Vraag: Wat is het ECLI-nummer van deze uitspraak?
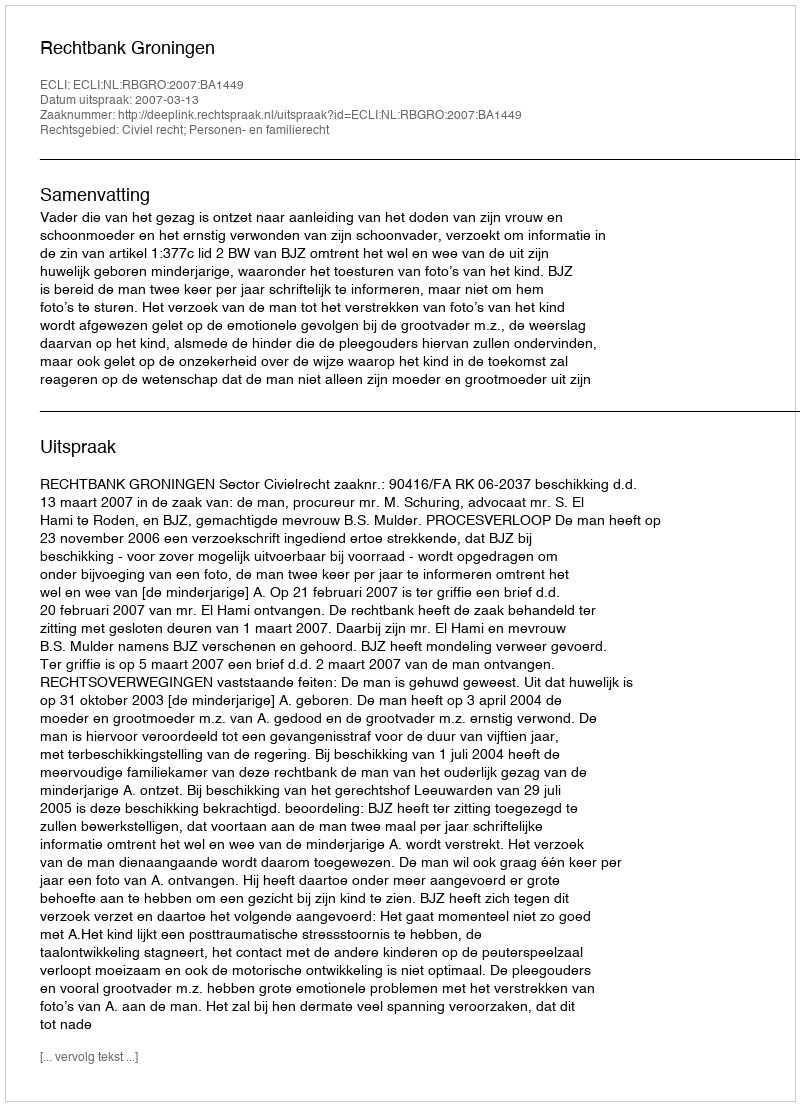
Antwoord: ECLI:NL:RBGRO:2007:BA1449